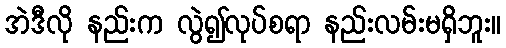
အဲဒီလို နည်းက လွဲ၍လုပ်စရာ နည်းလမ်းမရှိဘူး။